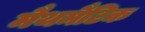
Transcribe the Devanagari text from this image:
मैथमैटिक